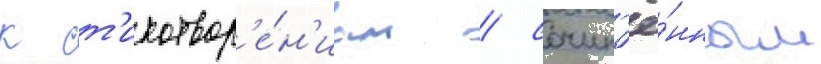
к ст'ихотвор'е́н'иам / сочин'ё́нным